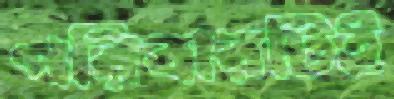
পরিবারটিই